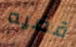
قضيه